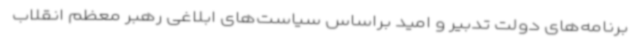
برنامه‌های دولت تدبیر و امید براساس سیاست‌های ابلاغی رهبر معظم انقلاب